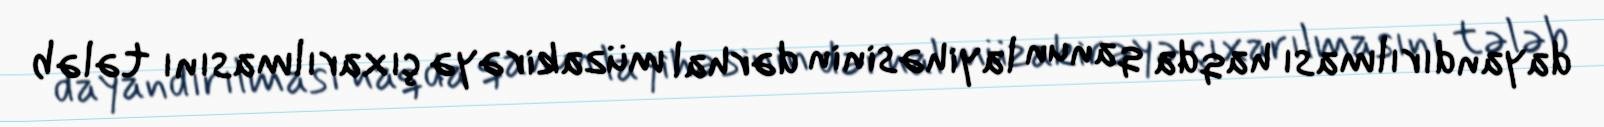
dayandırılması haqda qanun layihəsinin dərhal müzakirəyə çıxarılmasını tələb